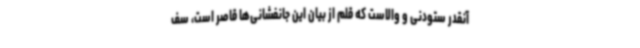
آنقدر ستودنی و والاست که قلم از بیان این جانفشانی‌ها قاصر است، سف